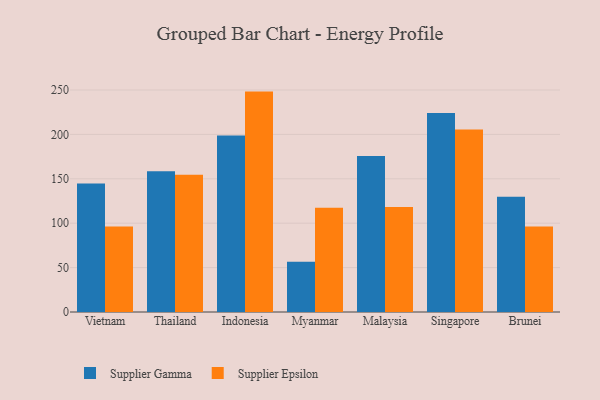
{"axis": {"x": "Country", "y": "Energy Usage (MWh)"}, "legend": ["Supplier Epsilon", "Supplier Gamma"], "data": [{"x": "Vietnam", "y": 144.8, "type": "Supplier Gamma"}, {"x": "Vietnam", "y": 96.4, "type": "Supplier Epsilon"}, {"x": "Thailand", "y": 158.5, "type": "Supplier Gamma"}, {"x": "Thailand", "y": 154.5, "type": "Supplier Epsilon"}, {"x": "Indonesia", "y": 198.7, "type": "Supplier Gamma"}, {"x": "Indonesia", "y": 248.2, "type": "Supplier Epsilon"}, {"x": "Myanmar", "y": 56.6, "type": "Supplier Gamma"}, {"x": "Myanmar", "y": 117.3, "type": "Supplier Epsilon"}, {"x": "Malaysia", "y": 175.8, "type": "Supplier Gamma"}, {"x": "Malaysia", "y": 118.2, "type": "Supplier Epsilon"}, {"x": "Singapore", "y": 224.0, "type": "Supplier Gamma"}, {"x": "Singapore", "y": 205.6, "type": "Supplier Epsilon"}, {"x": "Brunei", "y": 129.7, "type": "Supplier Gamma"}, {"x": "Brunei", "y": 96.2, "type": "Supplier Epsilon"}]}